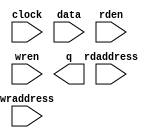
// megafunction wizard: %RAM: 2-PORT%VBB%
// GENERATION: STANDARD
// VERSION: WM1.0
// MODULE: altsyncram 

// ============================================================
// Megafunction Name(s):
// 			altsyncram
//
// Simulation Library Files(s):
// 			altera_mf
// ============================================================
// ************************************************************
// THIS IS A WIZARD-GENERATED FILE. DO NOT EDIT THIS FILE!
//
// 12.1 Build 177 11/07/2012 SJ Full Version
// ************************************************************

//Copyright (C) 1991-2012 Altera Corporation
//Your use of Altera Corporation's design tools, logic functions 
//and other software and tools, and its AMPP partner logic 
//functions, and any output files from any of the foregoing 
//(including device programming or simulation files), and any 
//associated documentation or information are expressly subject 
//to the terms and conditions of the Altera Program License 
//Subscription Agreement, Altera MegaCore Function License 
//Agreement, or other applicable license agreement, including, 
//without limitation, that your use is for the sole purpose of 
//programming logic devices manufactured by Altera and sold by 
//Altera or its authorized distributors.  Please refer to the 
//applicable agreement for further details.

module seed_ram (
	clock,
	data,
	rdaddress,
	rden,
	wraddress,
	wren,
	q);

	input	  clock;
	input	[31:0]  data;
	input	[6:0]  rdaddress;
	input	  rden;
	input	[6:0]  wraddress;
	input	  wren;
	output	[31:0]  q;
`ifndef ALTERA_RESERVED_QIS
// synopsys translate_off
`endif
	tri1	  clock;
	tri1	  rden;
	tri0	  wren;
`ifndef ALTERA_RESERVED_QIS
// synopsys translate_on
`endif

endmodule

// ============================================================
// CNX file retrieval info
// ============================================================
// Retrieval info: PRIVATE: ADDRESSSTALL_A NUMERIC "0"
// Retrieval info: PRIVATE: ADDRESSSTALL_B NUMERIC "0"
// Retrieval info: PRIVATE: BYTEENA_ACLR_A NUMERIC "0"
// Retrieval info: PRIVATE: BYTEENA_ACLR_B NUMERIC "0"
// Retrieval info: PRIVATE: BYTE_ENABLE_A NUMERIC "0"
// Retrieval info: PRIVATE: BYTE_ENABLE_B NUMERIC "0"
// Retrieval info: PRIVATE: BYTE_SIZE NUMERIC "8"
// Retrieval info: PRIVATE: BlankMemory NUMERIC "0"
// Retrieval info: PRIVATE: CLOCK_ENABLE_INPUT_A NUMERIC "0"
// Retrieval info: PRIVATE: CLOCK_ENABLE_INPUT_B NUMERIC "0"
// Retrieval info: PRIVATE: CLOCK_ENABLE_OUTPUT_A NUMERIC "0"
// Retrieval info: PRIVATE: CLOCK_ENABLE_OUTPUT_B NUMERIC "0"
// Retrieval info: PRIVATE: CLRdata NUMERIC "0"
// Retrieval info: PRIVATE: CLRq NUMERIC "0"
// Retrieval info: PRIVATE: CLRrdaddress NUMERIC "0"
// Retrieval info: PRIVATE: CLRrren NUMERIC "0"
// Retrieval info: PRIVATE: CLRwraddress NUMERIC "0"
// Retrieval info: PRIVATE: CLRwren NUMERIC "0"
// Retrieval info: PRIVATE: Clock NUMERIC "0"
// Retrieval info: PRIVATE: Clock_A NUMERIC "0"
// Retrieval info: PRIVATE: Clock_B NUMERIC "0"
// Retrieval info: PRIVATE: IMPLEMENT_IN_LES NUMERIC "0"
// Retrieval info: PRIVATE: INDATA_ACLR_B NUMERIC "0"
// Retrieval info: PRIVATE: INDATA_REG_B NUMERIC "0"
// Retrieval info: PRIVATE: INIT_FILE_LAYOUT STRING "PORT_B"
// Retrieval info: PRIVATE: INIT_TO_SIM_X NUMERIC "0"
// Retrieval info: PRIVATE: INTENDED_DEVICE_FAMILY STRING "Arria II GX"
// Retrieval info: PRIVATE: JTAG_ENABLED NUMERIC "0"
// Retrieval info: PRIVATE: JTAG_ID STRING "NONE"
// Retrieval info: PRIVATE: MAXIMUM_DEPTH NUMERIC "0"
// Retrieval info: PRIVATE: MEMSIZE NUMERIC "3072"
// Retrieval info: PRIVATE: MEM_IN_BITS NUMERIC "1"
// Retrieval info: PRIVATE: MIFfilename STRING "ram_init.hex"
// Retrieval info: PRIVATE: OPERATION_MODE NUMERIC "2"
// Retrieval info: PRIVATE: OUTDATA_ACLR_B NUMERIC "0"
// Retrieval info: PRIVATE: OUTDATA_REG_B NUMERIC "1"
// Retrieval info: PRIVATE: RAM_BLOCK_TYPE NUMERIC "2"
// Retrieval info: PRIVATE: READ_DURING_WRITE_MODE_MIXED_PORTS NUMERIC "2"
// Retrieval info: PRIVATE: READ_DURING_WRITE_MODE_PORT_A NUMERIC "3"
// Retrieval info: PRIVATE: READ_DURING_WRITE_MODE_PORT_B NUMERIC "3"
// Retrieval info: PRIVATE: REGdata NUMERIC "1"
// Retrieval info: PRIVATE: REGq NUMERIC "1"
// Retrieval info: PRIVATE: REGrdaddress NUMERIC "1"
// Retrieval info: PRIVATE: REGrren NUMERIC "1"
// Retrieval info: PRIVATE: REGwraddress NUMERIC "1"
// Retrieval info: PRIVATE: REGwren NUMERIC "1"
// Retrieval info: PRIVATE: SYNTH_WRAPPER_GEN_POSTFIX STRING "0"
// Retrieval info: PRIVATE: USE_DIFF_CLKEN NUMERIC "0"
// Retrieval info: PRIVATE: UseDPRAM NUMERIC "1"
// Retrieval info: PRIVATE: VarWidth NUMERIC "0"
// Retrieval info: PRIVATE: WIDTH_READ_A NUMERIC "32"
// Retrieval info: PRIVATE: WIDTH_READ_B NUMERIC "32"
// Retrieval info: PRIVATE: WIDTH_WRITE_A NUMERIC "32"
// Retrieval info: PRIVATE: WIDTH_WRITE_B NUMERIC "32"
// Retrieval info: PRIVATE: WRADDR_ACLR_B NUMERIC "0"
// Retrieval info: PRIVATE: WRADDR_REG_B NUMERIC "0"
// Retrieval info: PRIVATE: WRCTRL_ACLR_B NUMERIC "0"
// Retrieval info: PRIVATE: enable NUMERIC "0"
// Retrieval info: PRIVATE: rden NUMERIC "1"
// Retrieval info: LIBRARY: altera_mf altera_mf.altera_mf_components.all
// Retrieval info: CONSTANT: ADDRESS_ACLR_B STRING "NONE"
// Retrieval info: CONSTANT: ADDRESS_REG_B STRING "CLOCK0"
// Retrieval info: CONSTANT: CLOCK_ENABLE_INPUT_A STRING "BYPASS"
// Retrieval info: CONSTANT: CLOCK_ENABLE_INPUT_B STRING "BYPASS"
// Retrieval info: CONSTANT: CLOCK_ENABLE_OUTPUT_B STRING "BYPASS"
// Retrieval info: CONSTANT: INIT_FILE STRING "ram_init.hex"
// Retrieval info: CONSTANT: INTENDED_DEVICE_FAMILY STRING "Arria II GX"
// Retrieval info: CONSTANT: LPM_TYPE STRING "altsyncram"
// Retrieval info: CONSTANT: NUMWORDS_A NUMERIC "96"
// Retrieval info: CONSTANT: NUMWORDS_B NUMERIC "96"
// Retrieval info: CONSTANT: OPERATION_MODE STRING "DUAL_PORT"
// Retrieval info: CONSTANT: OUTDATA_ACLR_B STRING "NONE"
// Retrieval info: CONSTANT: OUTDATA_REG_B STRING "CLOCK0"
// Retrieval info: CONSTANT: POWER_UP_UNINITIALIZED STRING "FALSE"
// Retrieval info: CONSTANT: RAM_BLOCK_TYPE STRING "M9K"
// Retrieval info: CONSTANT: RDCONTROL_REG_B STRING "CLOCK0"
// Retrieval info: CONSTANT: READ_DURING_WRITE_MODE_MIXED_PORTS STRING "DONT_CARE"
// Retrieval info: CONSTANT: WIDTHAD_A NUMERIC "7"
// Retrieval info: CONSTANT: WIDTHAD_B NUMERIC "7"
// Retrieval info: CONSTANT: WIDTH_A NUMERIC "32"
// Retrieval info: CONSTANT: WIDTH_B NUMERIC "32"
// Retrieval info: CONSTANT: WIDTH_BYTEENA_A NUMERIC "1"
// Retrieval info: USED_PORT: clock 0 0 0 0 INPUT VCC "clock"
// Retrieval info: USED_PORT: data 0 0 32 0 INPUT NODEFVAL "data[31..0]"
// Retrieval info: USED_PORT: q 0 0 32 0 OUTPUT NODEFVAL "q[31..0]"
// Retrieval info: USED_PORT: rdaddress 0 0 7 0 INPUT NODEFVAL "rdaddress[6..0]"
// Retrieval info: USED_PORT: rden 0 0 0 0 INPUT VCC "rden"
// Retrieval info: USED_PORT: wraddress 0 0 7 0 INPUT NODEFVAL "wraddress[6..0]"
// Retrieval info: USED_PORT: wren 0 0 0 0 INPUT GND "wren"
// Retrieval info: CONNECT: @address_a 0 0 7 0 wraddress 0 0 7 0
// Retrieval info: CONNECT: @address_b 0 0 7 0 rdaddress 0 0 7 0
// Retrieval info: CONNECT: @clock0 0 0 0 0 clock 0 0 0 0
// Retrieval info: CONNECT: @data_a 0 0 32 0 data 0 0 32 0
// Retrieval info: CONNECT: @rden_b 0 0 0 0 rden 0 0 0 0
// Retrieval info: CONNECT: @wren_a 0 0 0 0 wren 0 0 0 0
// Retrieval info: CONNECT: q 0 0 32 0 @q_b 0 0 32 0
// Retrieval info: GEN_FILE: TYPE_NORMAL seed_ram.v TRUE
// Retrieval info: GEN_FILE: TYPE_NORMAL seed_ram.inc FALSE
// Retrieval info: GEN_FILE: TYPE_NORMAL seed_ram.cmp FALSE
// Retrieval info: GEN_FILE: TYPE_NORMAL seed_ram.bsf FALSE
// Retrieval info: GEN_FILE: TYPE_NORMAL seed_ram_inst.v FALSE
// Retrieval info: GEN_FILE: TYPE_NORMAL seed_ram_bb.v TRUE
// Retrieval info: LIB_FILE: altera_mf